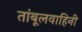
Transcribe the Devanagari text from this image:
तांबूलवाहिनी